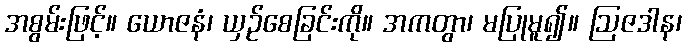
အစွမ်းဖြင့်။ ယောဇနံ၊ ယှဉ်စေခြင်းကို။ အကတွာ၊ မပြုမူ၍။ ဩဇဒါန၊